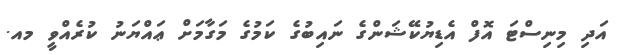
އަދި މިނިސްޓަ އޮފް އެޑިޔުކޭޝަންގެ ނައިބުގެ ކަމުގެ މަގާމަށް ޢައްޔަނު ކުރެއްވީ މއ.